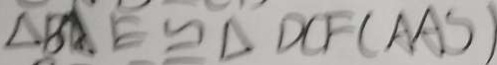
\Delta B A E \cong \Delta D C F ( A A S )